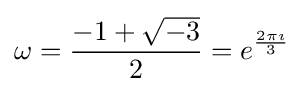
\omega ={\frac {-1+{\sqrt {-3}}}{2}}=e^{\frac {2\pi \imath }{3}}